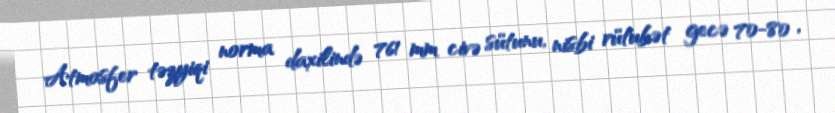
Atmosfer təzyiqi norma daxilində 761 mm civə sütunu, nisbi rütubət gecə 70-80 ,